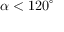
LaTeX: \alpha < 1 2 0 ^ { \circ }